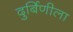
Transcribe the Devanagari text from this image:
दुर्बिणीला